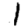
Digit: 1